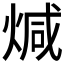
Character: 煘